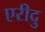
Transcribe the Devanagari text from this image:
एरीदु